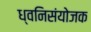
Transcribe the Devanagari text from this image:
ध्वनिसंयोजक